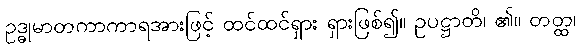
ဥဒ္ဓုမာတကာကာရအားဖြင့် ထင်ထင်ရှား ရှားဖြစ်၍။ ဥပဋ္ဌာတိ၊ ၏။ တတ္ထ၊